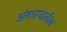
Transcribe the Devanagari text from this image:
अंतःप्रजातीय